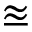
\approxeq